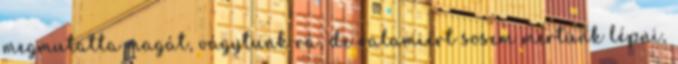
megmutatta magát, vágytunk rá, de valamiért sosem mertünk lépni,